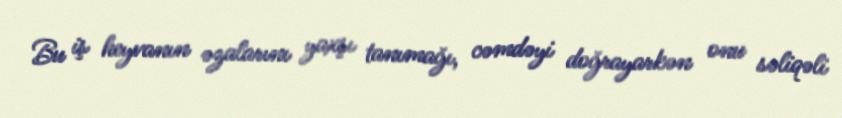
Bu iş heyvanın əzalarını yaxşı tanımağı, cəmdəyi doğrayarkən onu səliqəli